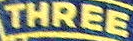
THREE